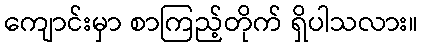
ကျောင်းမှာ စာကြည့်တိုက် ရှိပါသလား။